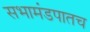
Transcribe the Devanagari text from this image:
सभामंडपातच